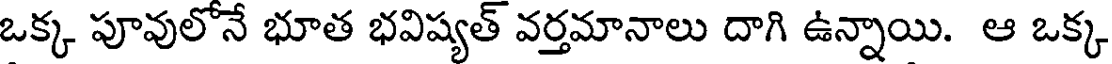
ఒక్క పూవులోనే భూత భవిష్యత్ వర్తమానాలు దాగి ఉన్నాయి. ఆ ఒక్క